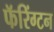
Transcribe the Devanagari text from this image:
फॅरिंग्टन